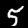
Label: 5